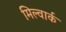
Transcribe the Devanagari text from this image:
मिल्वार्क